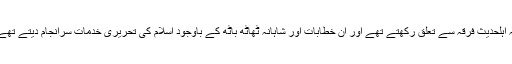
یہ اہلحدیث فرقہ سے تعلق رکھتے تھے اور ان خطابات اور شاہانہ ٹھاٹھ باٹھ کے باوجود اسلام کی تحریری خدمات سرانجام دیتے تھے۔